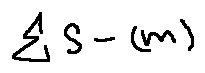
\sum S - ( m )